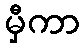
မှီကာ